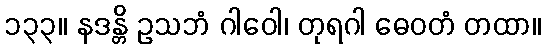
၁၃၃။ နဒန္တိ ဥသဘံ ဂါဝေါ၊ တုရဂါ ဓေဝတံ တထာ။